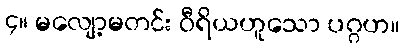
၄။ မလျော့မတင်း ဝီရိယဟူသော ပဂ္ဂဟ။